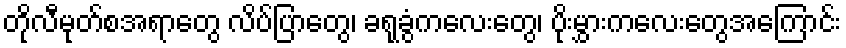
တိုလီမုတ်စအရာတွေ လိပ်ပြာတွေ၊ ခရုခွံကလေးတွေ၊ ပိုးမွှားကလေးတွေအကြောင်း